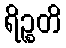
ရိဉ္စတိ